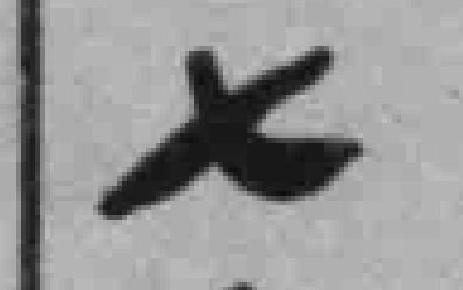
七